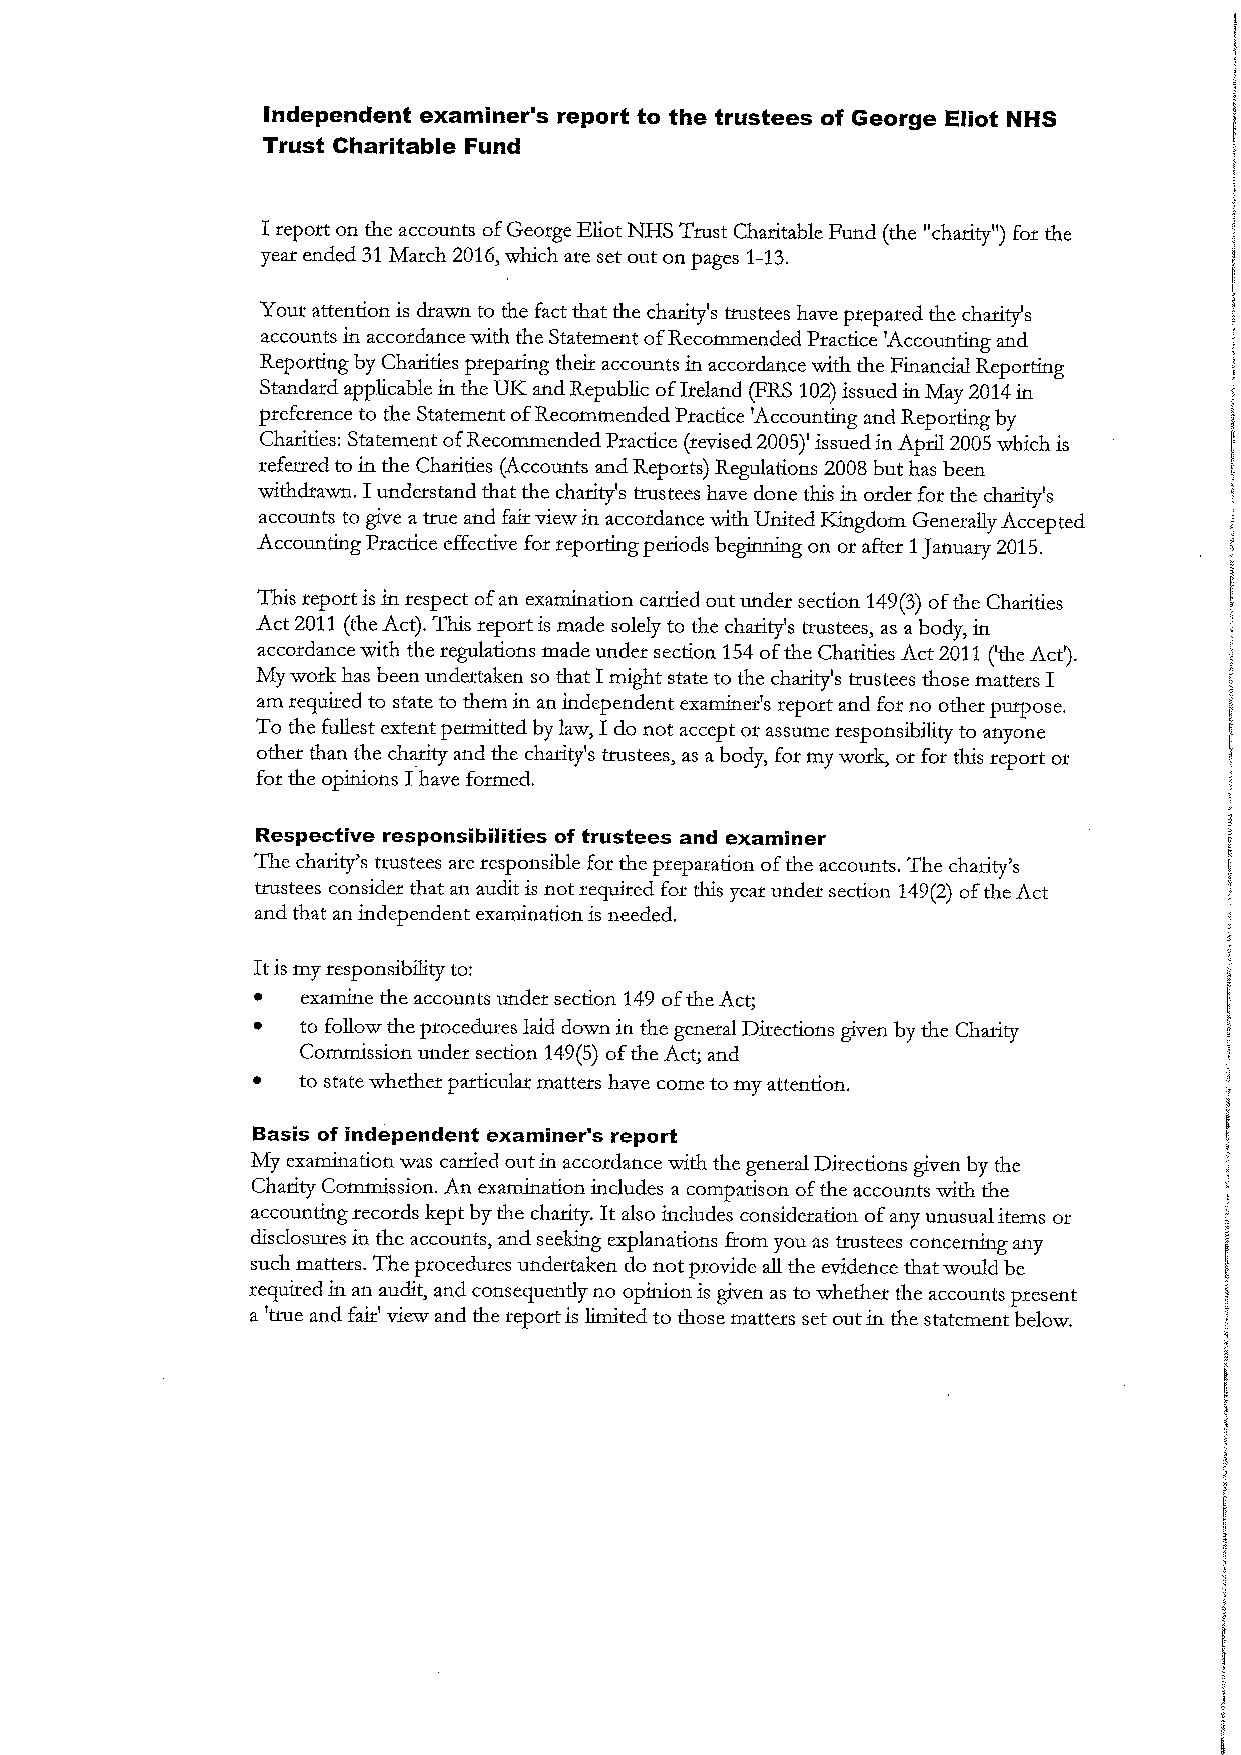
Independent examiner's report to the trustees oF George Eliot NHS
 Trust Charitable Fund
 Ireport on the accounts ofGeorge Eliot NHS Trust Charitable Fund (the "charity") for the
 year ended 31March 2016,which are set out on pages 1-13.
 Your attention is drawn to the fact that the charity's trustees have prepared the charity's
 accounts in accordance with the Statement ofRecommended Practice 'Accounting and
 Reporting by Charities preparing theit accounts in accordance with the Financial Reporting
 Standard applicable in the UIZ and Republic ofIreland (FRS 102)issued in May 2014in
 preference to the Statement ofRecommended Practice 'Accounting and Reporting by
 Charities: Statement ofRecommended Practice (revised 2005)' issued in April 2005 which is
 referred to in the Charities (Accounts and Reports) Regulations 2008but has been
 I
 withdrawn, understand that the charity's trustees have done this in order for the charity's
 accounts to give atrue and fair view in accordance with United Kingdom Generally Accepted
 Accounting Practice effective for reporting periods beginning on or after 1January 2015.
 This report is in respect ofan examination carried out under section 149(3)ofthe Charities
 Act 2011(the Act). This report is made solely to the charity's trustees, as abody, in
 accordance with the regulations made under section 154ofthe Charities Act 2011('the Act').
 My work has been undertaken so that I might state to the charity's trustees those matters I
 am required to state to them in an independent examiner's report and for no other purpose.
 To the fullest extent permitted by law, Ido not accept or assume responsibility to anyone
 other than the charity and the charity's trustees, as abody, for my work, or for this report or
 for the opinions I have formed.
 Respective responsibilities of trustees and examiner
 The charity's trustees are responsible for the preparation ofthe accounts. The charity's
 trustees consider that an audit is not required for ties year under section 149(2)ofthe Act
 and that an independent examination is needed.
 Itis my responsibility to:
 ~  examine the accounts under section 149ofthe Act;
 ~  to follow the procedures laid down in the general Directions given by the Charity
 Commission under section 149(5)ofthe Act; and
 ~  to state whether patticular matters have come to my attention.
 Basis of independent examiner's report
 My examination was carried out in accordance with the general Directions given by the
 Charity Commission. An examination includes a comparison ofthe accounts with the
 accounting records kept by the charity. It also includes consideration of any unusual items or
 disclosures in the accounts, and seeking explanations from you as trustees concerning any
 such matters. The procedures undertaken do not provide all the evidence that would be
 required in an audit, and consequently no opinion is given as to whether the accounts present
 a 'true and fair' view and the report is limited to those matters set out in the statement below.